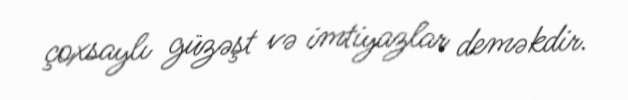
çoxsaylı güzəşt və imtiyazlar deməkdir.